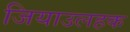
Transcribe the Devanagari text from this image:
जियाउलहक